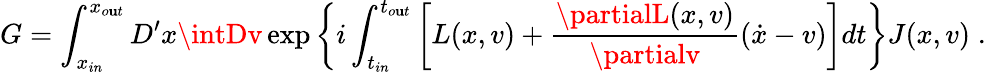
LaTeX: G=\int_{x_{in}}^{x_{o\mathbf{u}t}}D^{\prime}x\intDv\exp\left\{ i\int_{t_{in}}^{t_{o\mathbf{u}t}}\left[L(x,v)+\frac{{\partialL(x,v)}}{{\partialv}}(\dot{{x}}-v)\right]dt\right\} J(x,v)\; .